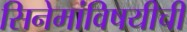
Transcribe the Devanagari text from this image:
सिनेमांविषयीची